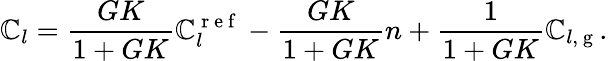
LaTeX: \mathbb{C}_{l}=\frac{{GK}}{{1+GK}}\mathbb{C}_{l}^{\mathrm{{~r~e~f~}}}-\frac{{GK}}{{1+GK}}n+\frac{{1}}{{1+GK}}\mathbb{C}_{l,\mathrm{{~g~}}}.